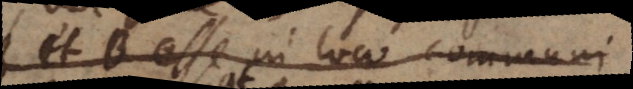
et B esse in loco communi